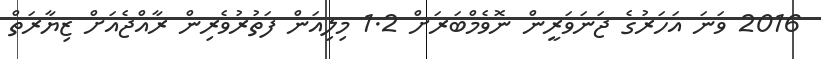
2016 ވަނަ އަހަރުގެ ޖަނަވަރީން ނޮވެމްބަރަށް 1.2 މިލިއަން ފަތުރުވެރިން ރާއްޖެއަށް ޒިޔާރަތް